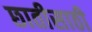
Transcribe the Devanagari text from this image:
छातीसाठी